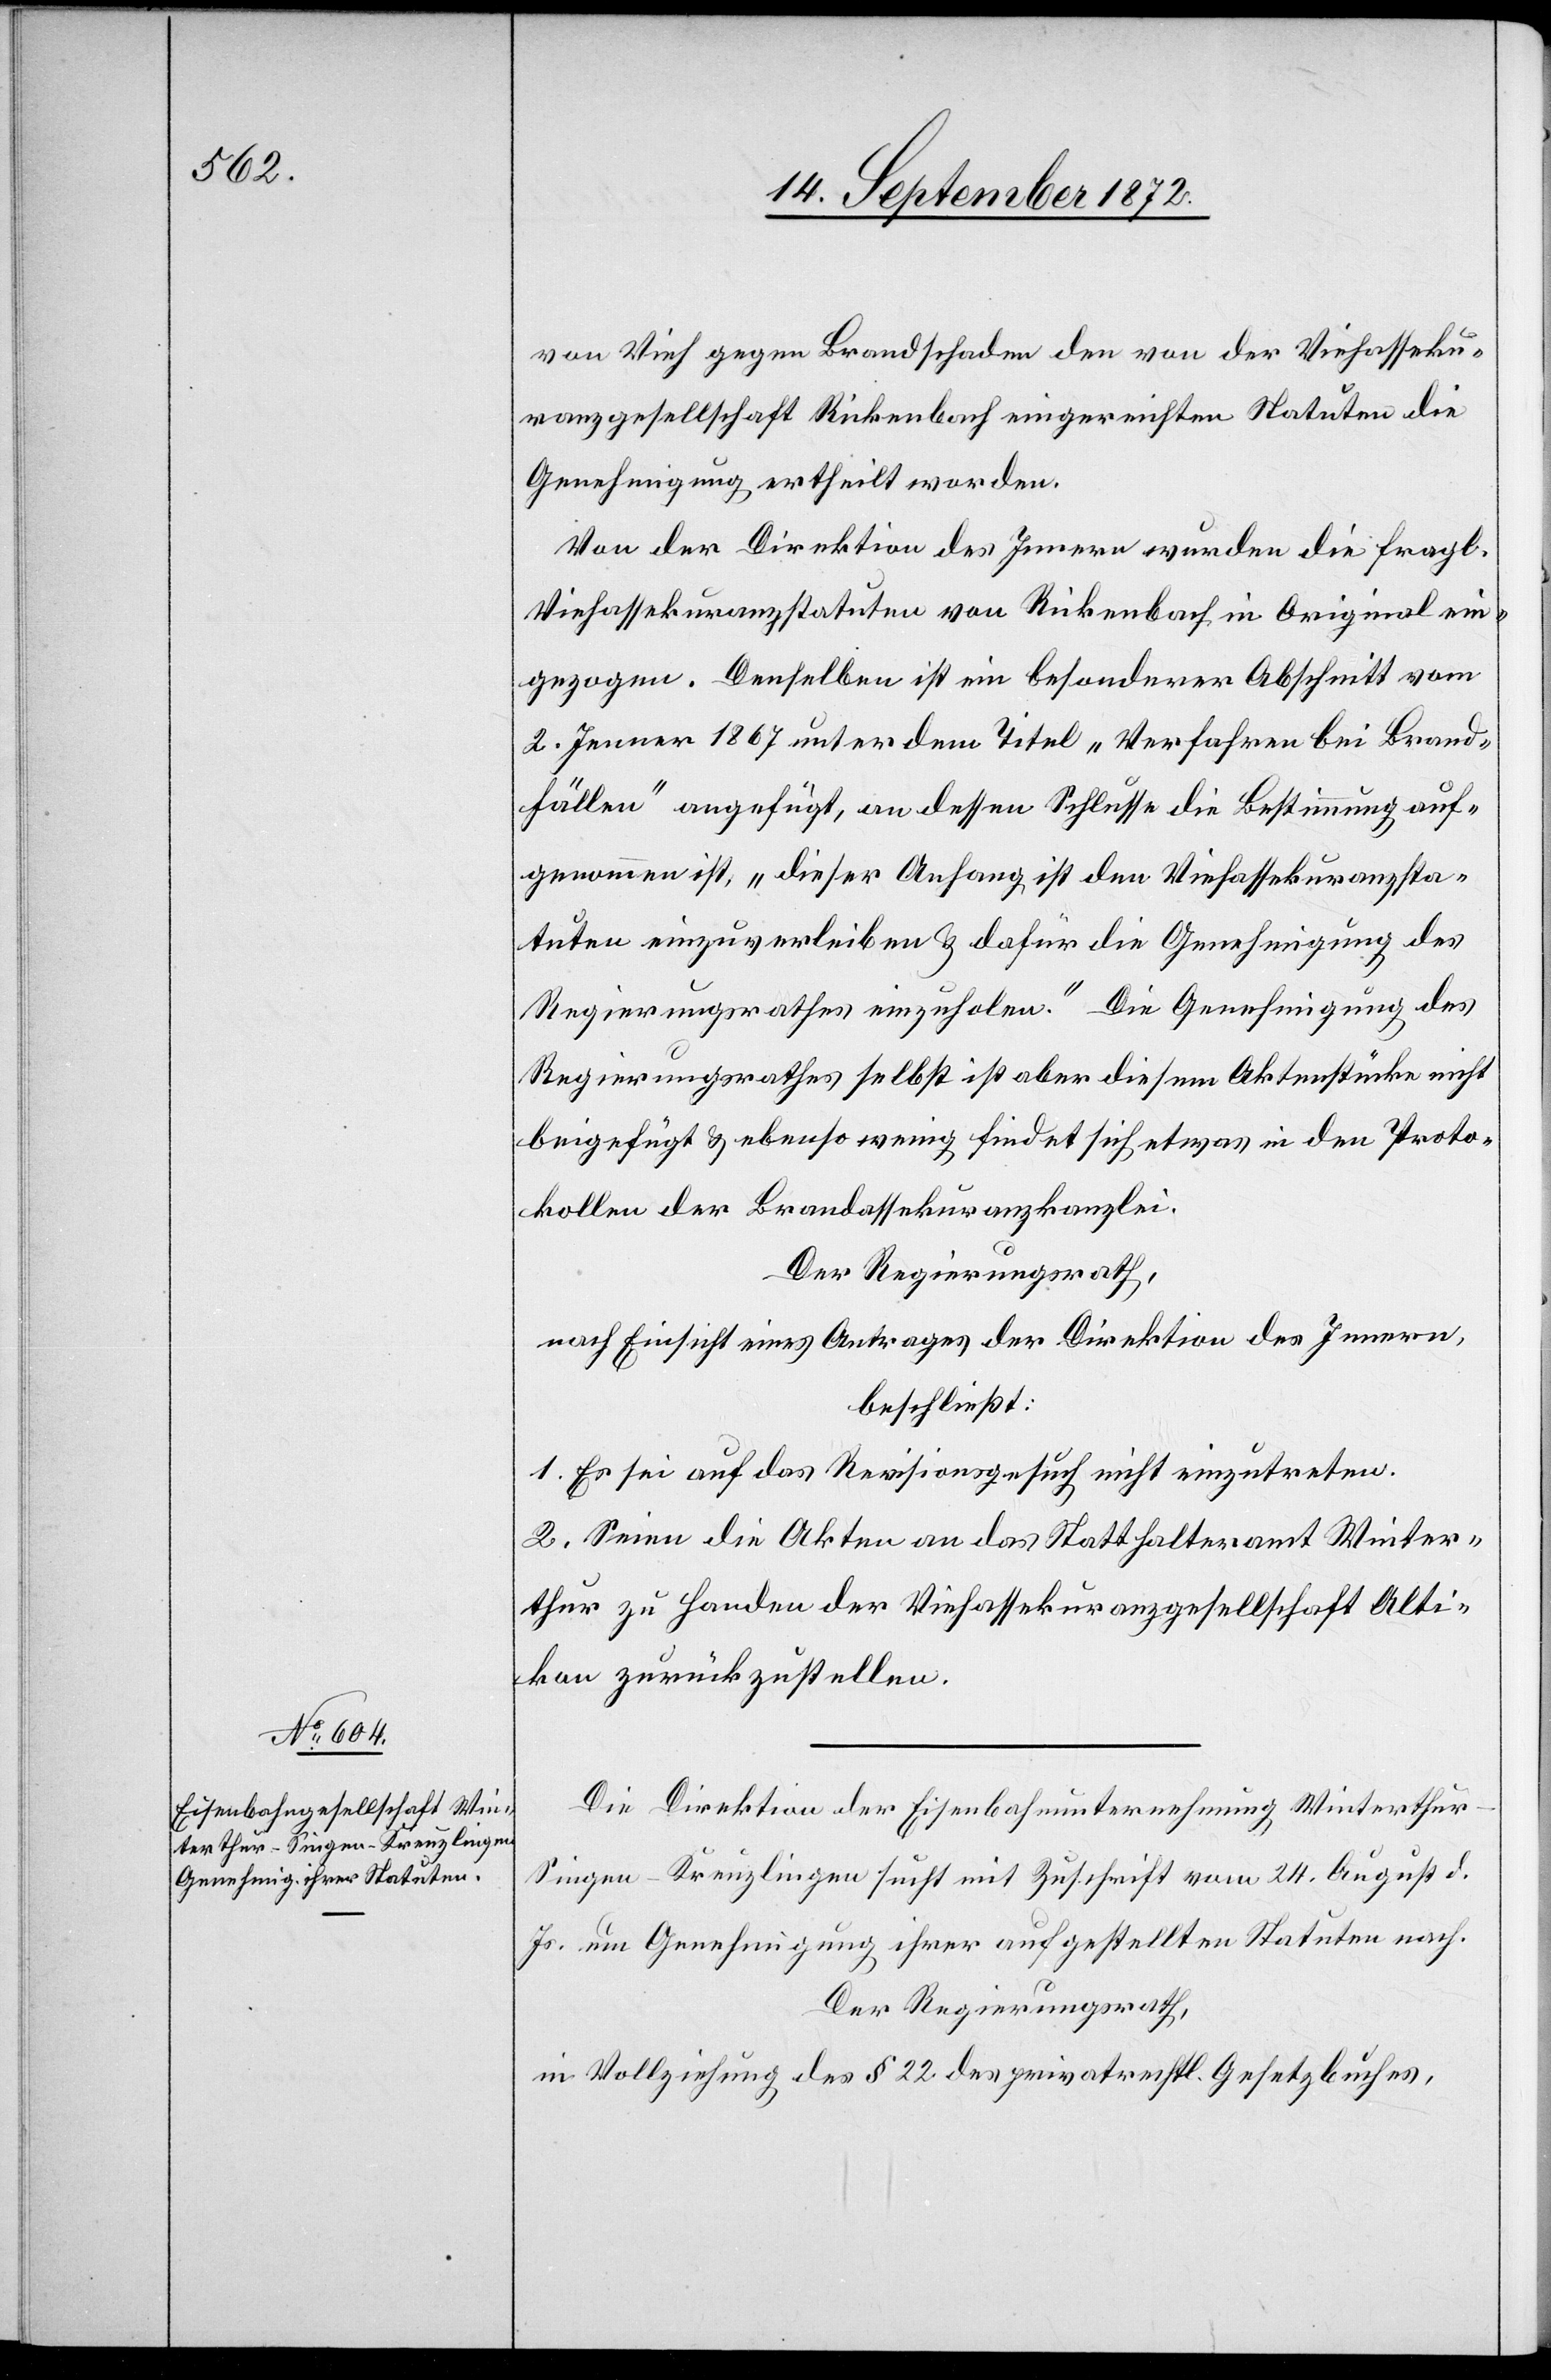
von Vieh gegen Brandschaden den von der Viehasseku¬
ranzgesellschaft Rickenbach eingereichten Statuten die
Genehmigung ertheilt worden.
Von der Direktion des Innern wurden die fragl.
Viehassekuranzstatuten von Rickenbach in Original ein¬
gezogen. Denselben ist ein besonderer Abschrift vom
2. Jenner 1867 unter dem Titel „Verfahren bei Brand¬
fällen“ angefügt, an dessen Schlusse die Bestimmung auf¬
genommen ist, „dieser Anhang ist den Viehassekuranzsta¬
tuten einzuverleiben u. dafür die Genehmigung des
Regierungsrathes einzuholen.“ Die Genehmigung des
Regierungsrathes selbst ist aber diesem Aktenstücke nicht
beigefügt u. ebenso wenig findet sich etwas in den Proto¬
kollen der Brandassekuranzkanzlei.
Der Regierungsrath,
nach Einsicht eines Antrages der Direktion des Innern,
beschließt:
1. Es sei auf das Revisionsgesuch nicht einzutreten.
2. Seien die Akten an das Statthalteramt Winter¬
thur zu Handen der Viehassekuranzgesellschaft Alti¬
kon zurückzustellen.
Die Direktion der Eisenbahnunternehmung Winterthu¬
r–Singen–Kreuzlingen sucht mit Zuschrift vom 24. August d.
Js. um Genehmigung ihrer aufgestellten Statuten nach.
Der Regierungsrath,
in Vollziehung des § 22 des privatrechtl. Gesetzbuches,